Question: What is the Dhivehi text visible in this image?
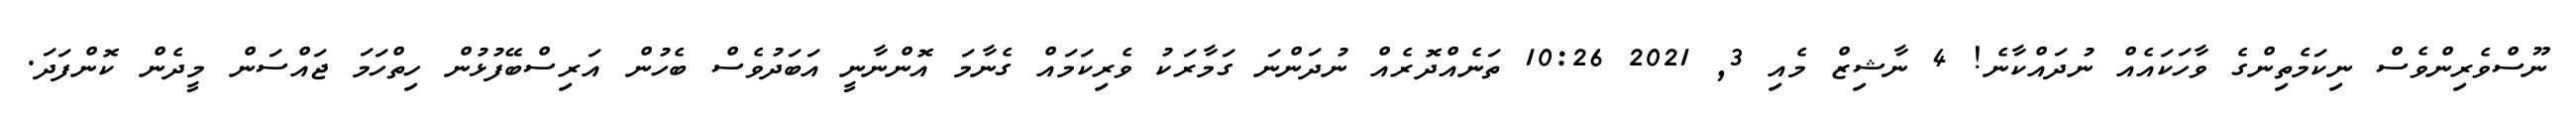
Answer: ނޫސްވެރިންވެސް ނިކަމެތިންގެ ވާހަކައެއް ނުދައްކާނެ! 4 ނާޝިޒް މެއި 3, 2021 10:26 ތަނެއްދޮރެއް ނުދަންނަ ގަމާރަކު ވެރިކަމައް ގެނާމަ އޮންނާނީ އަބަދުވެސް ބެހުން އަރިސްބޭފުޅުން ހިތްހަމަ ޖައްސަން މީދެން ކޮންފަދަ.